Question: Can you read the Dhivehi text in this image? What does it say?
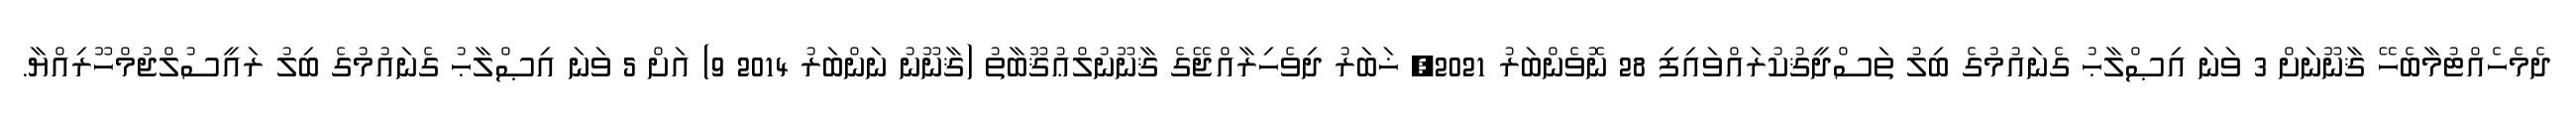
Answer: ދެމެހެއްޓުމާބެހޭ ޤާނޫނަށް 3 ވަނަ އިޞްލާޙު ގެނައުމުގެ ބިލު ތަސްދީޤުކުރައްވައިފި 28 ނޮވެންބަރު 2021, ޚަބަރު ދިވެހިރާއްޖޭގެ ޤާނޫނުލްޢުޤޫބާތު (ޤާނޫނު ނަންބަރު 2014 9) އަށް 5 ވަނަ އިޞްލާޙު ގެނައުމުގެ ބިލު ރައީސުލްޖުމްހޫރިއްޔާ.